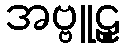
အဗ္ဗူဠှ